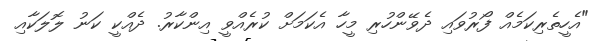
"އެހީތެރިކަމެއް ފޯރުވައި ދެވޭންހުރި މީހާ އެކަމަށް ކުރެއްވީ އިންކާރު. ދެއްކީ ކަނު ލޮލަކާއި